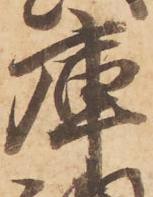
庫